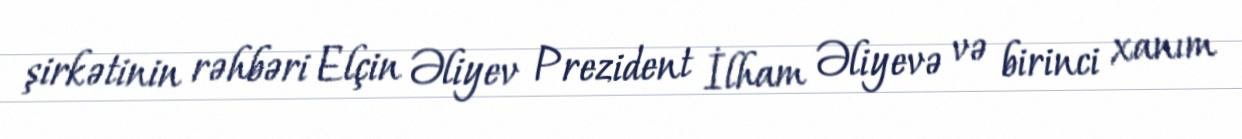
şirkətinin rəhbəri Elçin Əliyev Prezident İlham Əliyevə və birinci xanım